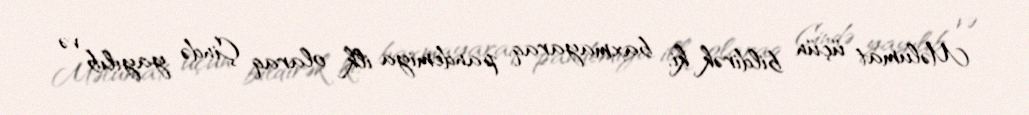
Məlumat üçün bildirək ki, baxmayaraq, pandemiya ilk olaraq Çində yayılıb və